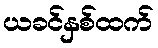
ယခင်နှစ်ထက်